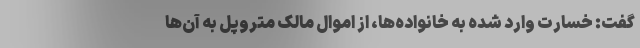
گفت: خسارت وارد شده به خانواده‌ها، از اموال مالک متروپل به آن‌ها